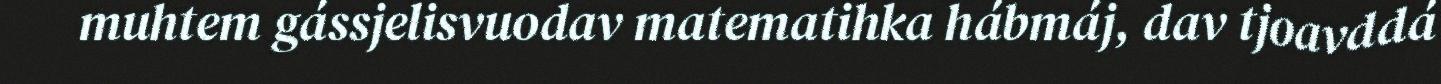
muhtem gássjelisvuodav matematihka hábmáj, dav tjoavddá